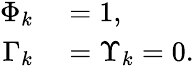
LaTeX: \begin{array}{rl}{\Phi_{k}}&{{}=1,}\\ {\Gamma_{k}}&{{}=\Upsilon_{k}=0.}\end{array}